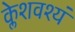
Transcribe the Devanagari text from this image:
क्लेशवश्यं